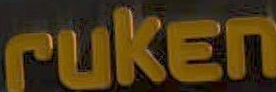
ruken